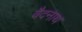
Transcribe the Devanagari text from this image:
वैदनाथ